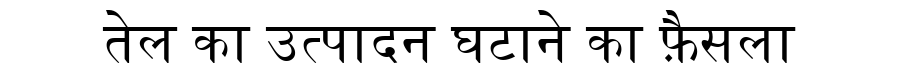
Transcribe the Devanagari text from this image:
तेल का उत्पादन घटाने का फ़ैसला